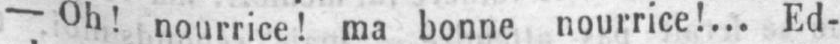
- Oh! nourrice! ma bonne nourrice!... Ed-